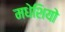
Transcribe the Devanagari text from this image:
मधेशियो